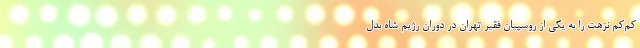
كم‌كم نزهت را به يكي از روسپيان فقير تهران در دوران رژيم شاه بدل